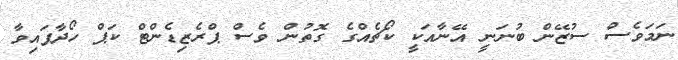
ނަމަވެސް ސުޒޭން ބުނަނީ އޭނާއަކީ ކޯޗެއްގެ ގޮތުން ވެސް ޕްރެޒިޑެންޓް ކަޕް ހޯދާފައިވާ